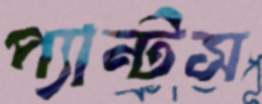
প্যান্টস